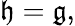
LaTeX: {\mathfrak{h}}={\mathfrak{g}},